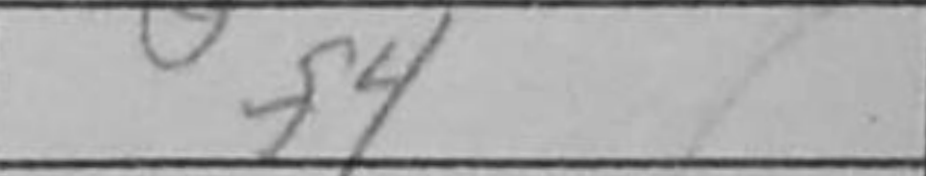
Transcription: f4